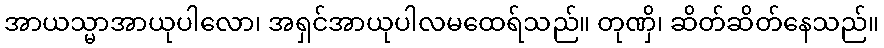
အာယသ္မာအာယုပါလော၊ အရှင်အာယုပါလမထေရ်သည်။ တုဏှိ၊ ဆိတ်ဆိတ်နေသည်။